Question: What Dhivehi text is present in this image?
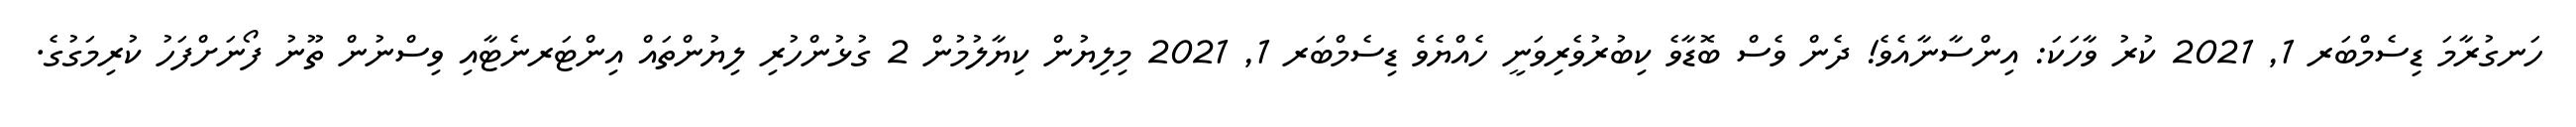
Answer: ހަނގުރާމަ ޑިސެމްބަރ 1, 2021 ކުރު ވާހަކަ: އިންސާނާއެވެ! ދެން ވެސް ބޮޑާވެ ކިބުރުވެރިވަނީ ހެއްޔެވެ ޑިސެމްބަރ 1, 2021 މިލިޔުން ކިޔާލުމުން 2 ގުޅުންހުރި ލިޔުންތައް އިންޓަރނެޓާއި ވިސްނުން ތޫނު ފޯނަށްފަހު ކުރިމަގުގެ.